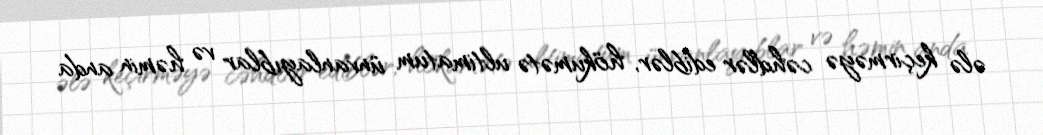
ələ keçirməyə cəhdlər ediblər, hökumətə ultimatum ünvanlayıblar və həmin anda